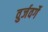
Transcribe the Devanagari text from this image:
वुर्जवर्गे